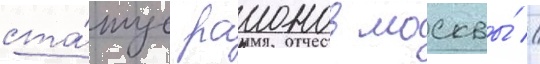
ста́тус раионов москвы́ //